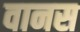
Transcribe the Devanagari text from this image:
वानस